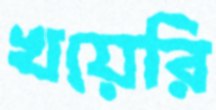
খয়েরি